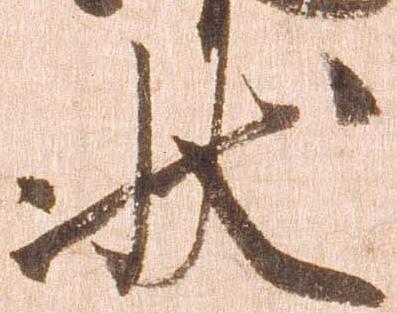
状